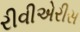
રીવીએરીસ